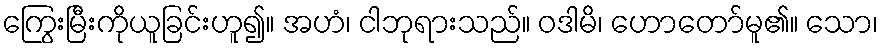
ကြွေးမြီးကိုယူခြင်းဟူ၍။ အဟံ၊ ငါဘုရားသည်။ ဝဒါမိ၊ ဟောတော်မူ၏။ သော၊